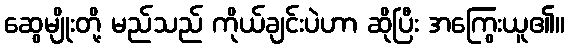
ဆွေမျိုးတို့ မည်သည် ကိုယ်ချင်းပဲဟာ ဆိုပြီး အကြွေးယူ၏။